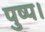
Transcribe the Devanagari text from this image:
पुष्प।